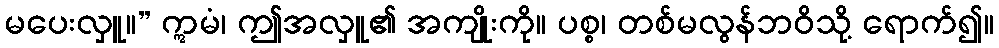
မပေးလှူ။” ဣမံ၊ ဤအလှူ၏ အကျိုးကို။ ပစ္စ၊ တစ်မလွန်ဘဝိသို့ ရောက်၍။